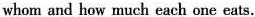
whom and how much each one eats.